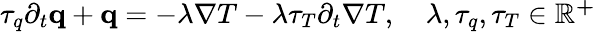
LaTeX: \begin{array}{r}{\tau_{q}\partial_{t}\mathbf q+\mathbf q=-\lambda\nabla T-\lambda\tau_{T}\partial_{t}\nabla T,\quad\lambda,\tau_{q},\tau_{T}\in\mathbb{R^{+}}}\end{array}